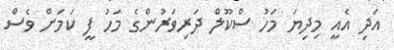
އަދި އެއީ މިދިޔަ މަހު ސްކޫލް ދަރިވަރުންގެ މަހު ފީ ކަމަށް ވެސް